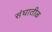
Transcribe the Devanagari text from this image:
संघातीळ